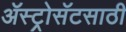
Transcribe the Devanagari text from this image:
ॲस्ट्रोसॅटसाठी